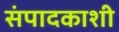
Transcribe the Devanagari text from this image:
संपादकाशी